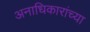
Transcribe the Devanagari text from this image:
अनाधिकारांच्या